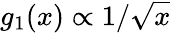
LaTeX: g_{1}(x)\propto 1/\sqrt{x}